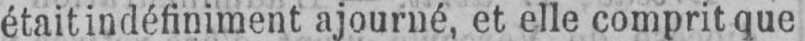
était indéfiniment ajourné, et elle comprit que